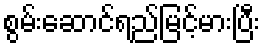
စွမ်းဆောင်ရည်မြင့်မားပြီး